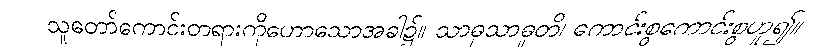
သူတော်ကောင်းတရားကိုဟောသောအခါ၌။ သာဓုသာဓူတိ၊ ကောင်းစွကောင်းစွဟူ၍။